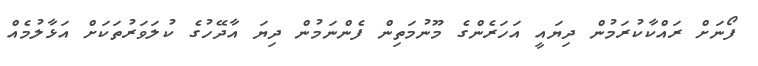
ފޯނަށް ރައްކާކުރަމުން ދިޔައީ އަހަރެންގެ މޫނުމަތިން ފެންނަމުން ދިޔަ އާދޭހުގެ ކުލަވަރުތަކަށް އަޅާލުމެއް